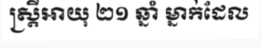
ស្ត្រីអាយុ ២១ ឆ្នាំ ម្នាក់ដែល